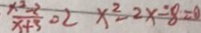
\frac { x ^ { 2 } - 2 } { x + 3 } = 2 x ^ { 2 } - 2 x \div 8 = 0